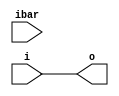
module cyclone10lp_io_ibuf
  (output o, input i, input ibar);
   assign ibar = ibar;
   assign o    = i;
endmodule